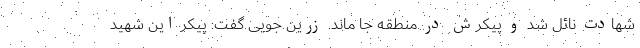
شهادت نائل شد و پیکرش در منطقه جا ماند. زرین جویی گفت: پیکر این شهید